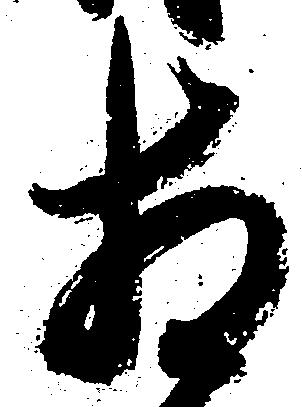
相